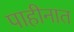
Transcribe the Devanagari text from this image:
पाहीनात